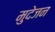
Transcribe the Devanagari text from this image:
मुदेजन